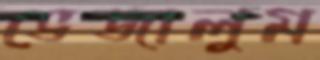
ভেজালুম